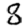
Digit: 8